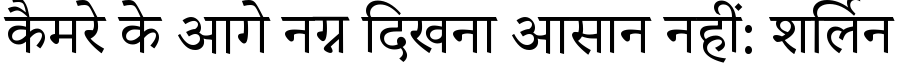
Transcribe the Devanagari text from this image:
कैमरे के आगे नग्न दिखना आसान नहीं: शर्लिन